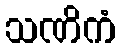
သဏိကံ